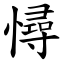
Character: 憳